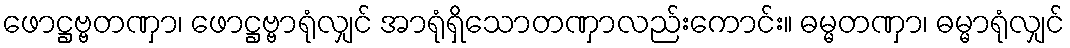
ဖောဋ္ဌဗ္ဗတဏှာ၊ ဖောဋ္ဌဗ္ဗာရုံလျှင် အာရုံရှိသောတဏှာလည်းကောင်း။ ဓမ္မတဏှာ၊ ဓမ္မာရုံလျှင်